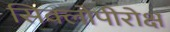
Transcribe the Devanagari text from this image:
सिक्लोपीरोक्ष